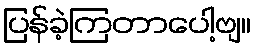
ပြန်ခဲ့ကြတာပေါ့ဗျ။